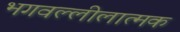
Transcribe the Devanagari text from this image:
भगवल्लीलात्मक